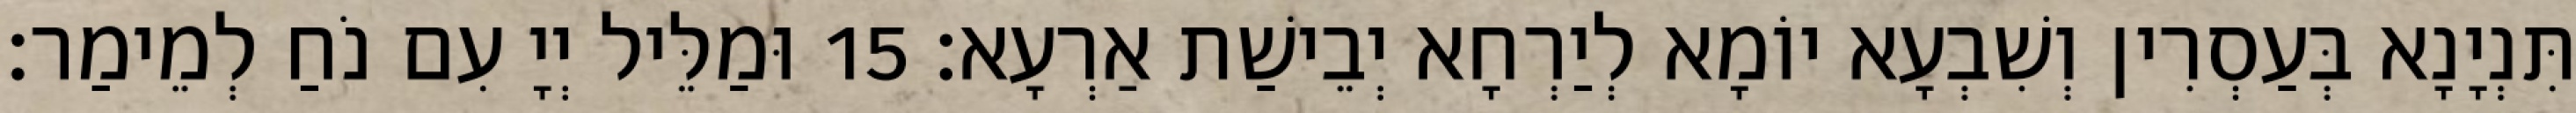
תִּנְיָנָא בְּעַסְרִין וְשִׁבְעָא יוֹמָא לְיַרְחָא יְבֵישַׁת אַרְעָא׃ 15 וּמַלֵּיל יְיָ עִם נֹחַ לְמֵימַר׃